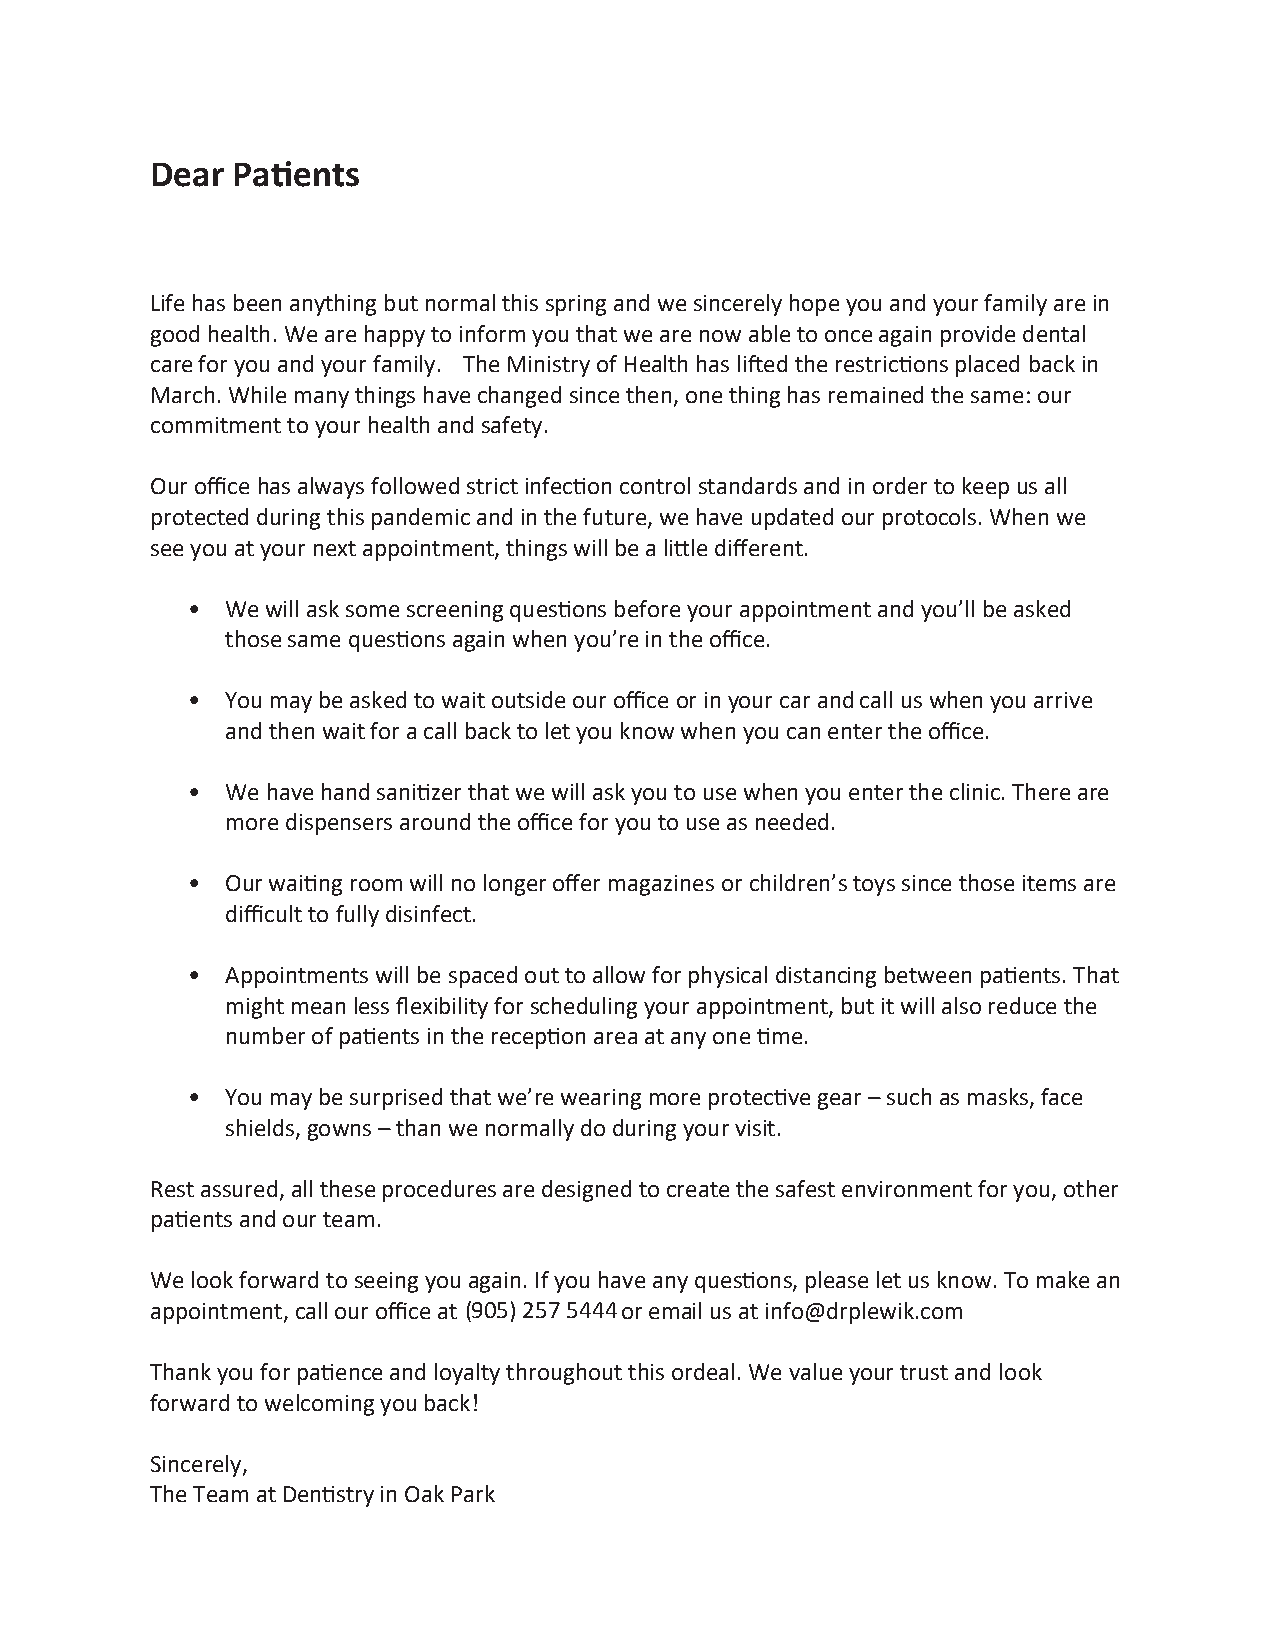
Dear Pa�ents
 Life has been anything but normal this spring and we sincerely hope you and your family are in
 good health. We are happy to inform you that we are now able to once again provide dental
 care for you and your family. The Ministry of Health has li�ed the restric�ons placed back in
 March. While many things have changed since then, one thing has remained the same: our
 commitment to your health and safety.
 Our office has always followed strict infec�on control standards and in order to keep us all
 protected during this pandemic and in the future, we have updated our protocols. When we
 see you at your next appointment, things will be a li�le different.
 •  We will ask some screening ques�ons before your appointment and you’ll be asked
 those same ques�ons again when you’re in the office.
 •  You may be asked to wait outside our office or in your car and call us when you arrive
 and then wait for a call back to let you know when you can enter the office.
 •  We have hand sani�zer that we will ask you to use when you enter the clinic. There are
 more dispensers around the office for you to use as needed.
 •  Our wai�ng room will no longer offer magazines or children’s toys since those items are
 difficult to fully disinfect.
 •  Appointments will be spaced out to allow for physical distancing between pa�ents. That
 might mean less flexibility for scheduling your appointment, but it will also reduce the
 number of pa�ents in the recep�on area at any one �me.
 •  You may be surprised that we’re wearing more protec�ve gear – such as masks, face
 shields, gowns – than we normally do during your visit.
 Rest assured, all these procedures are designed to create the safest environment for you, other
 pa�ents and our team.
 We look forward to seeing you again. If you have any ques�ons, please let us know. To make an
 appointment, call our office at (905) 257 5444 or email us at info@drplewik.co m
 Thank you for pa�ence and loyalty throughout this ordeal. We value your trust and look
 forward to welcoming you back!
 Sincerely,
 The Team at Den�stry in Oak P ark